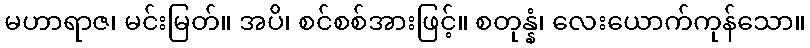
မဟာရာဇ၊ မင်းမြတ်။ အပိ၊ စင်စစ်အားဖြင့်။ စတုန္နံ၊ လေးယောက်ကုန်သော။